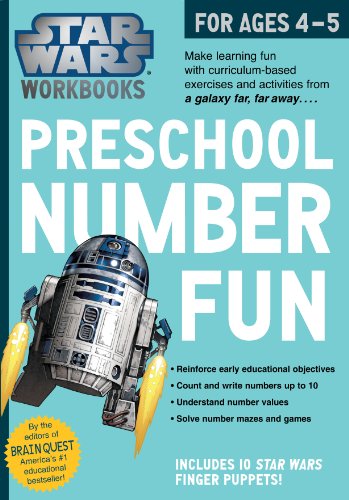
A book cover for Star Wars Workbook: Preschool Number Fun; Workman Publishing; Children's Books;